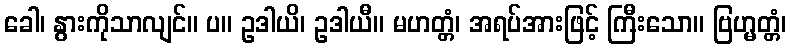
ခေါ၊ နွားကိုသာလျင်။ ပ။ ဥဒါယိ၊ ဥဒါယီ။ မဟတ္တံ၊ အရပ်အားဖြင့် ကြီးသော။ ဗြဟ္မတ္တံ၊